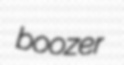
boozer